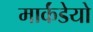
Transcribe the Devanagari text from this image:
मार्कंडेयो